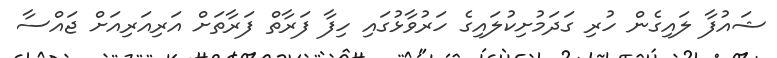
ޝައުފާ ލައިގެން ހުރި ގަދަމުށިކުލައިގެ ހަރުވާޅުގައި ހިފާ ފަރާތް ފަރާތަށް އަރިއަރިއަށް ޖައްސާ